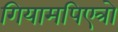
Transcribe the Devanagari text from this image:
गियामपिएत्रो